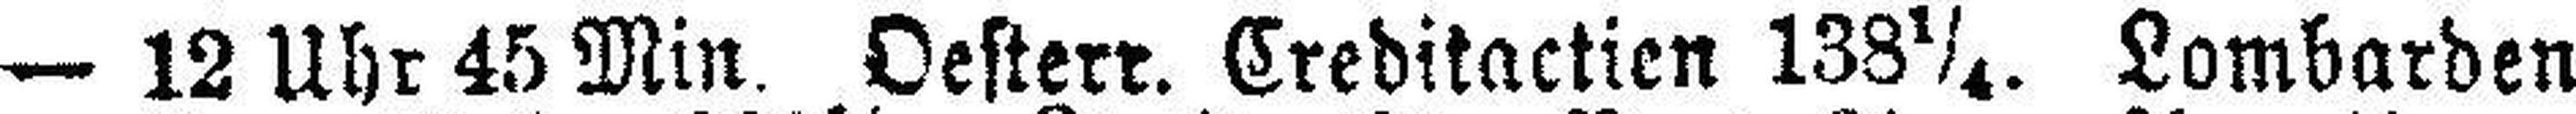
— 12 Uhr 45 Min. Oesterr. Creditactien 138¼. Lombarden